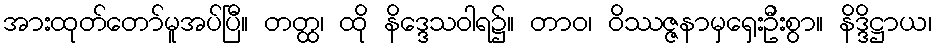
အားထုတ်တော်မူအပ်ပြီ။ တတ္ထ၊ ထို နိဒ္ဒေသဝါရ၌။ တာဝ၊ ဝိဿဇ္ဇနာမှရှေးဦးစွာ။ နိဒ္ဒိဋ္ဌာယ၊